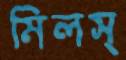
মিলস্